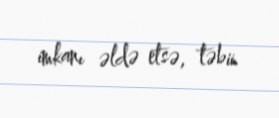
imkanı əldə etsə, təbii.